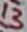
Text: 13